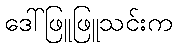
ဒေါ်ဖြူဖြူသင်းက